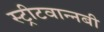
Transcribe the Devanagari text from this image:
स्ट्रीटवान्नबी